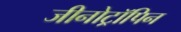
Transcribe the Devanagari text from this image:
जीनोट्रॉपिन